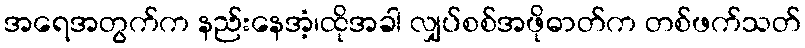
အရေအတွက်က နည်းနေအံ့၊ထိုအခါ လျှပ်စစ်အဖိုဓာတ်က တစ်ဖက်သတ်